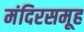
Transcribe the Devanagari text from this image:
मंदिरसमूह